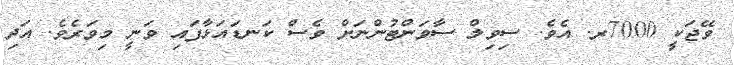
ވޭޖަކީ 7000ރ. އެވެ. ސިވިލް ސާވަންޓުންނަށް ވެސް ކަނޑައަޅާފައި ވަނީ މިވަރެވެ. އަދި